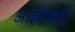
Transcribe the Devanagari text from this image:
आईऐडिपि